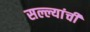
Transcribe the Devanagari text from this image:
सल्ल्यांची